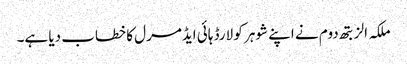
ملکہ الزبتھ دوم نے اپنے شوہر کو لارڈ ہائی ایڈمرل کا خطاب دیا ہے۔